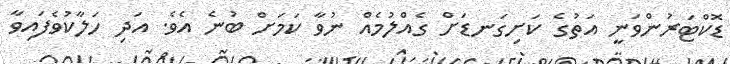
ޑޮކްޓަރުންވަނީ އަތުގެ ކަށިގަނޑަށް ގެއްލުމެއް ނުވާ ކަމަށް ބުނެ އެވެ. އަދި ހަލާކުވެފައިވާ